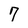
Character: 7